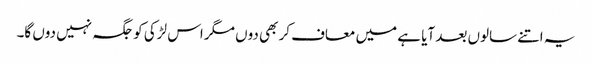
یہ اتنے سالوں بعد آیا ہے میں معاف کر بھی دوں مگر اس لڑکی کو جگہ نہیں دوں گا۔